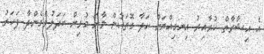
އެ އިޝާރާތް ކުރާއިރު އިނގިއްޔަށް ހަދާ ގޮތަކުން މާނަ މުޅިން ބަދަލުވެގެންދާ ފަހަރު